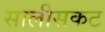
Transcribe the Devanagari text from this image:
सालीसकट